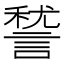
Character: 諬